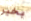
بخير